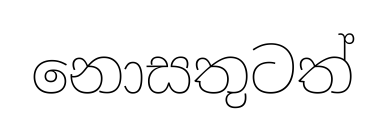
නොසතුටත්